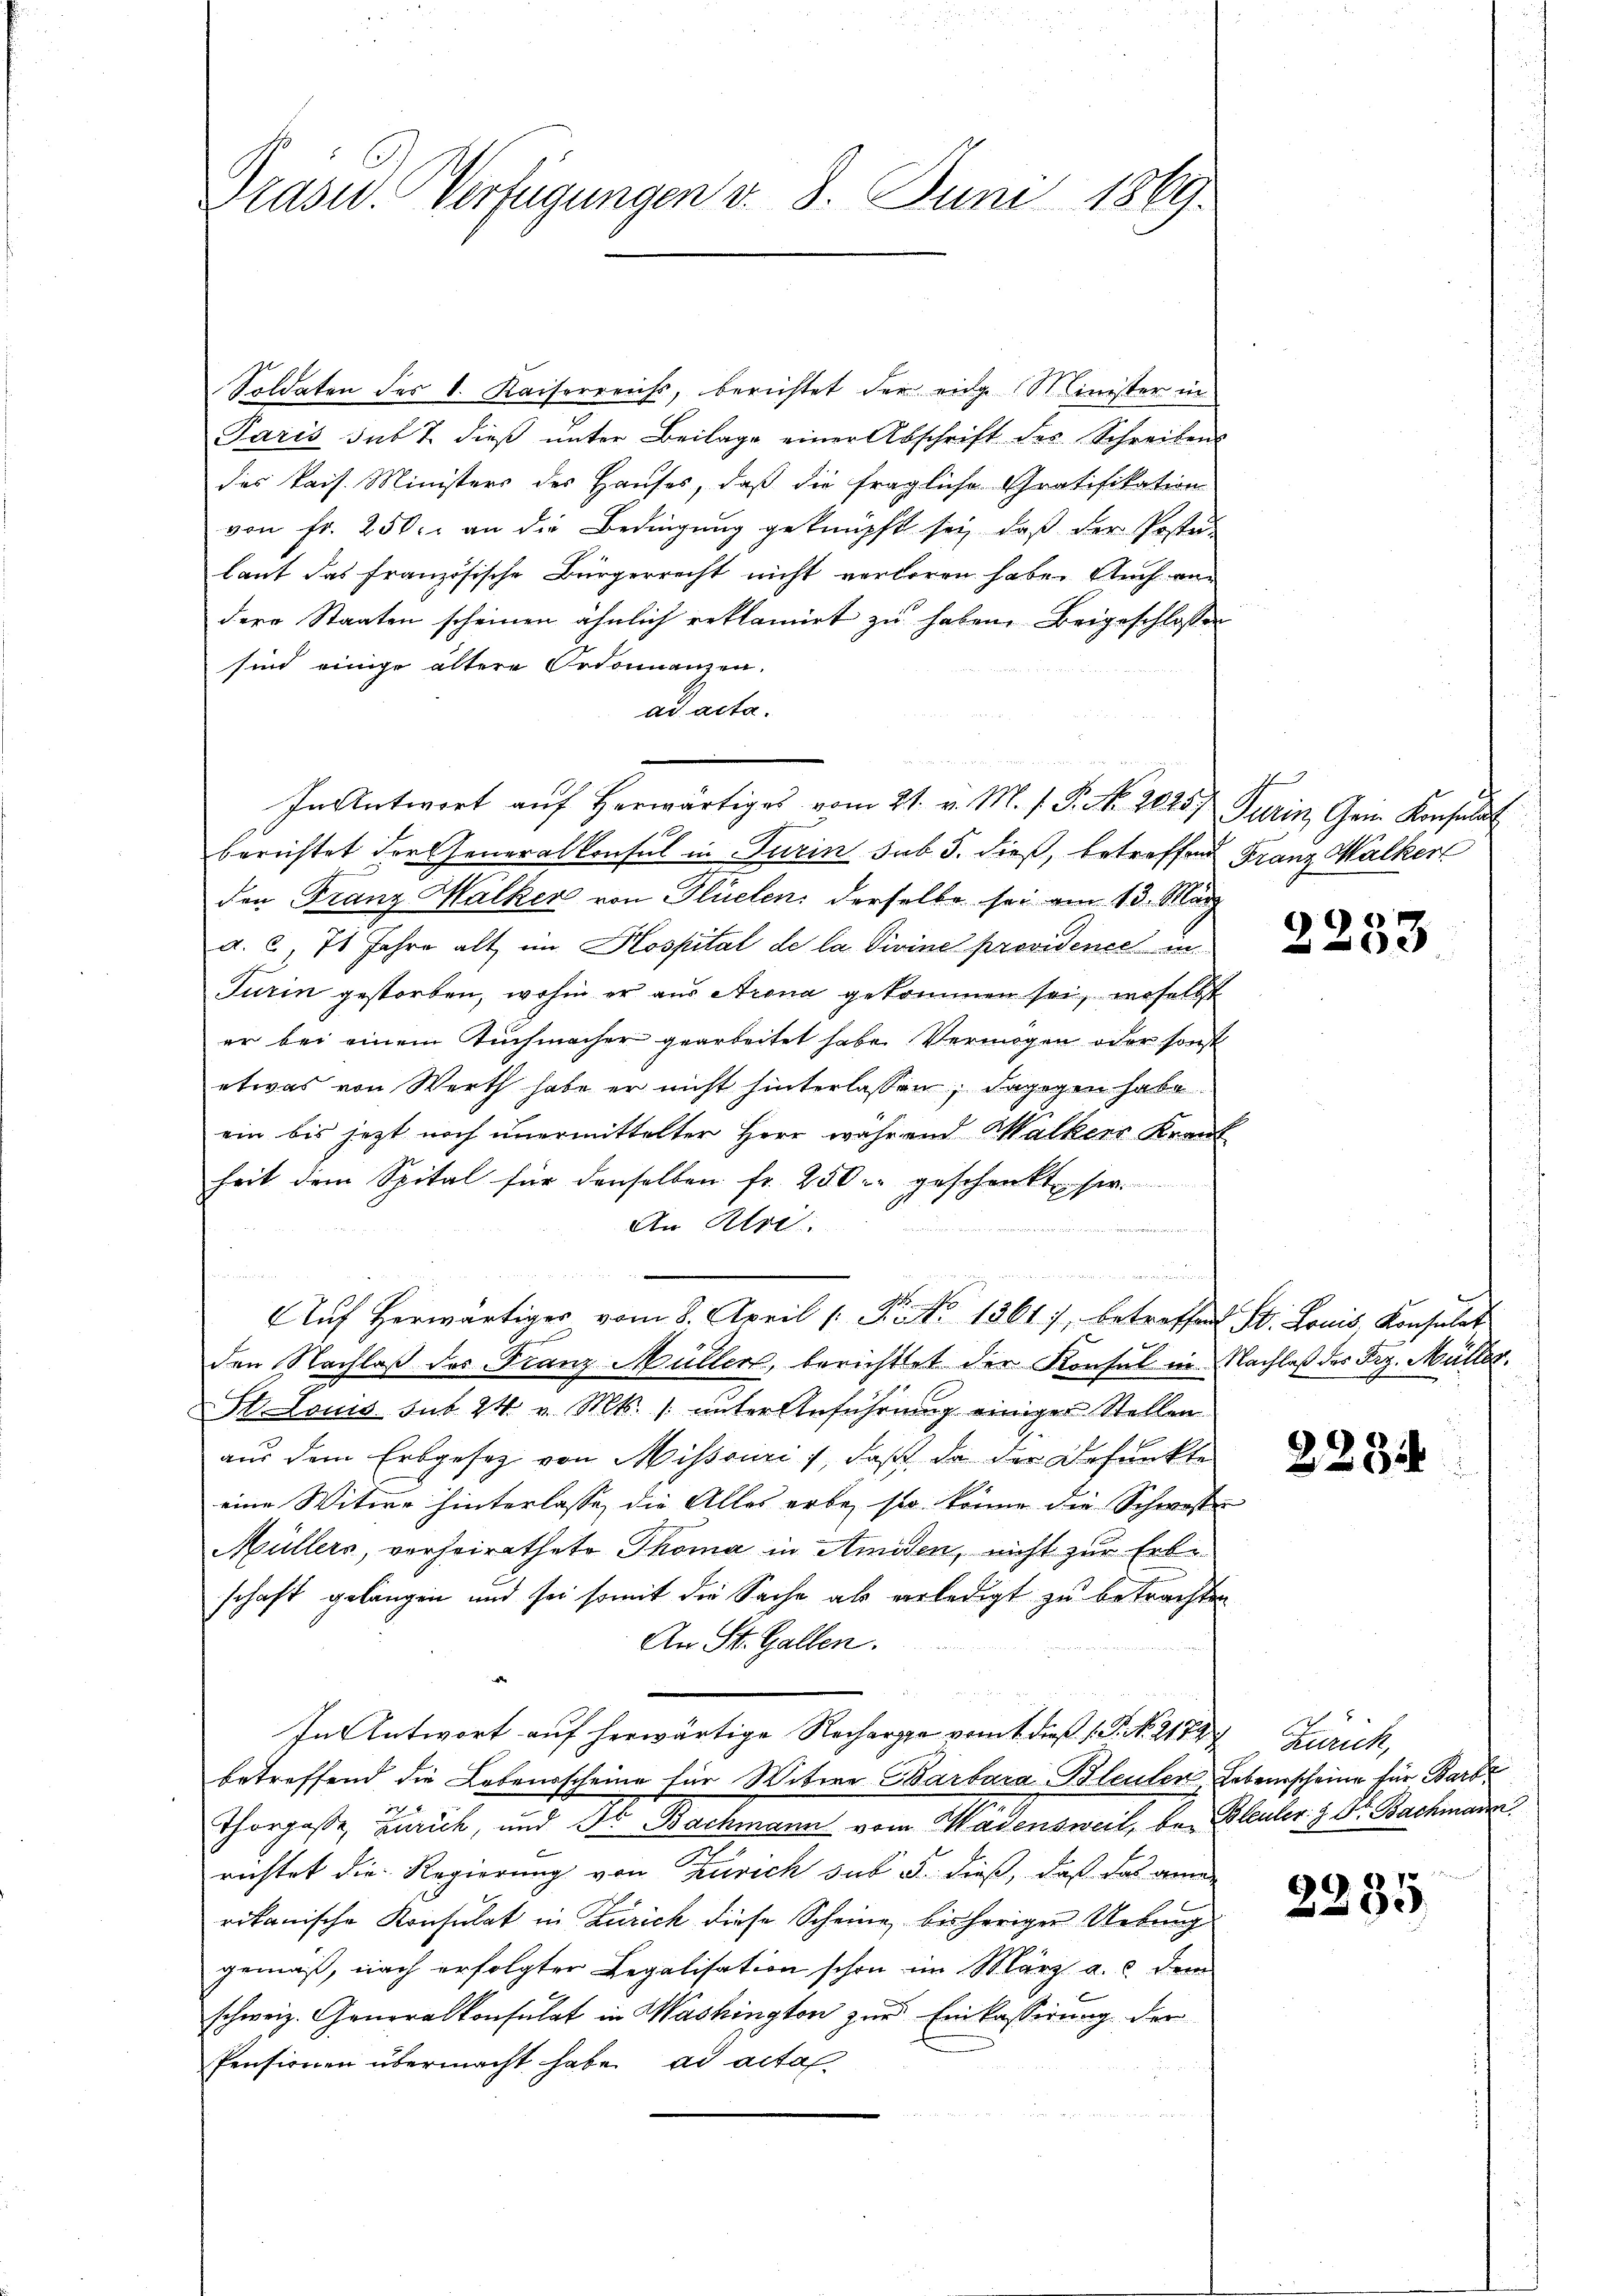
Präsid. Verfügungen d. 8. Juni 1869.

Soldaten des k. Kaiserreichs, berichtet der eige Minister in
Paris sub 7. dieβ ŭnter Beilage einer Abschrift des Schreibens
das kais. Ministers des Hauses, daß die fragliche Gratifikation
von Fr. 250. an die Bedingung geknüpft sei, daß der Postu-
laut das französische Bürgerrecht nicht verloren habe. Auch andere Staaten scheinen ähnlich reklamirt zu haben. Beigeschlossen
sind einige ältere Ordonnanzen.
ad acta.
In Antwort auf herwärtiges vom 21. v. M. s. S. No. 2025f Turin, Gem. Konsulat
berichtet der Generalkonsul in Turin sub 5. dieß, betreffend Franz Kalker
den Franz Hälker von Flüelen derselbe sei am 13. März
a. 2, 7 Jahre alt im Hospital de la Divine providence in
Turin gestorben, wohin er aus Arena gekommen sei, woselbst
er bei einem Tuchmacher gearbeitet habe. Vermögen oder sonst
etwas von Werth habe er nicht hinterlassen; dagegen habe
ein bis jetzt noch unermittelter Herr während Walkens Krank
heit dem Spital für denselben fr. 250 geschenkt her.
An Uri

d
n
Aŭf herwärtiger vom 8. April ( Nr. 1361), betreffend St. Louis Konsulat
den Nachlaß des Franz Müllers, berichttet der Konsul in Nachlaß der Frz. Müller.
W. Louis sub 24 v. Mts. 1 unter Anführung einiger Stellen
aus dem Erbgesez von Missouri, daß da der Befunkte
eine Witwe hinterlasse, die Alles erbe sie könne die Schweste
Müllers, verheirathete Thoma in Amiden, nicht zur Erbe
schaft gelangen und sei somit die Sache als verledigt zu betrachten
An St. Gallen.
In Antwort auf herwärtige Recharge vom 1. dieß (P. No. 21797
betreffend die Lebensscheine für Witwe Barbara Bleuler Lebensscheine für Barb
Thorgasse, Zürich, und Dr. Bachmann vom Wädensweil, bei Bleuler & Dr. Bachmann
richtet die Regierung von Zürich sub 5. dieß, daß das anne
rikanische Konsulat in Zürich diese Scheine bisheriger Uebung
gemäß, nach erfolgter Legalisation schon im März a. c. dem
schweiz. Generalkonsulat in Washington zur Einkassierung der
Pensionen übermacht habe, ad acta

u

2253

223

Zürich,

2235